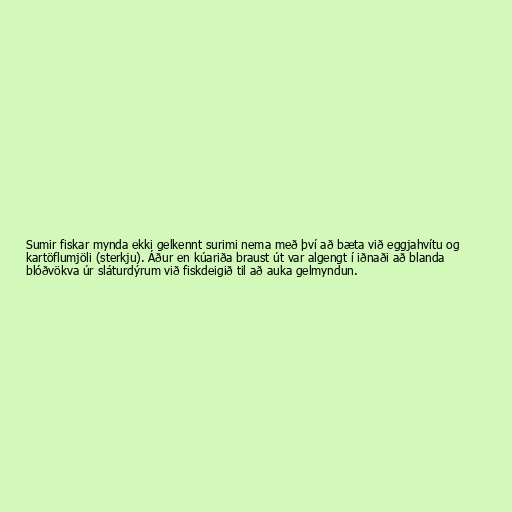
Sumir fiskar mynda ekki gelkennt surimi nema með því að bæta við eggjahvítu og
kartöflumjöli (sterkju). Áður en kúariða braust út var algengt í iðnaði að blanda
blóðvökva úr sláturdýrum við fiskdeigið til að auka gelmyndun.